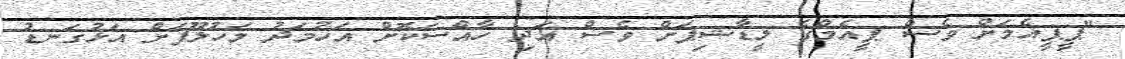
"ޕީޕީއެމަށް ވެސް ޕީއެމްގެ ލީޑާޝިޕަށް ވެސް އަދި ހާއްސަކޮށް އަހުމަދު މަހުލޫފަށް އަޅުގަނޑު